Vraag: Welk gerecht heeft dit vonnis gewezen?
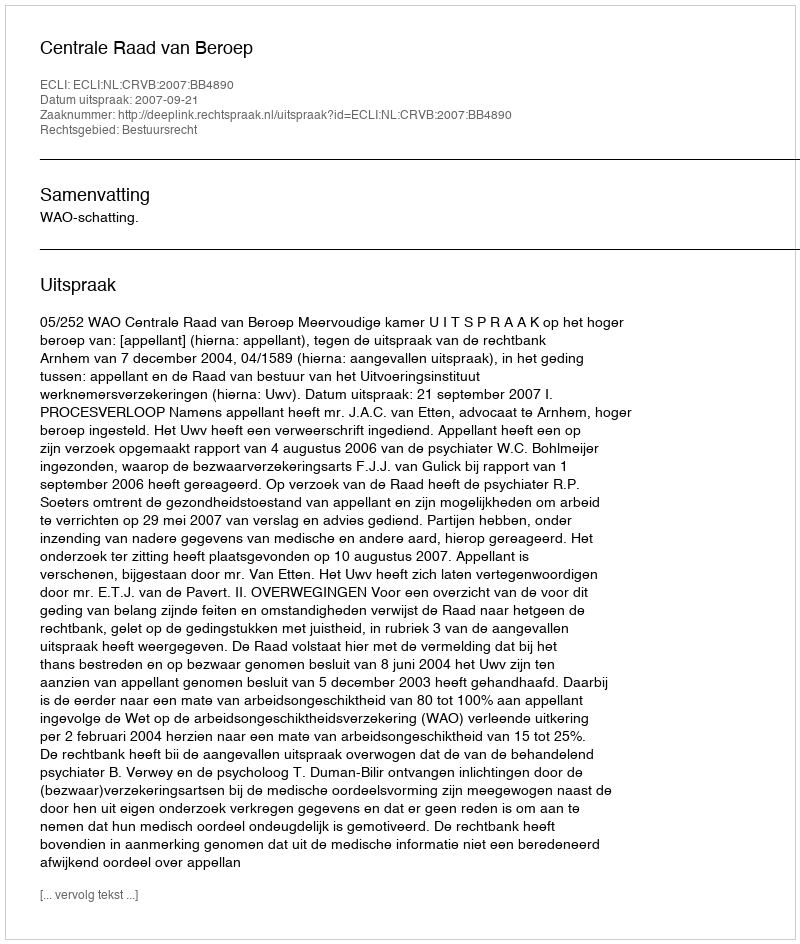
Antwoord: Centrale Raad van Beroep